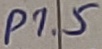
Text: P1.5